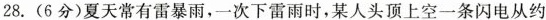
28.（6分）夏天常有雷暴雨，一次下雷雨时，某人头顶上空一条闪电从约